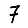
Digit: 7